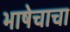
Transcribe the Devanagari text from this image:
भाषेचाचा